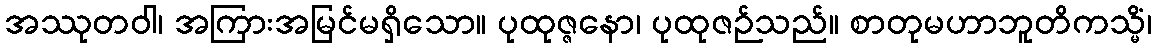
အဿုတဝါ၊ အကြားအမြင်မရှိသော။ ပုထုဇ္ဇနော၊ ပုထုဇဉ်သည်။ စာတုမဟာဘူတိကသ္မိံ၊